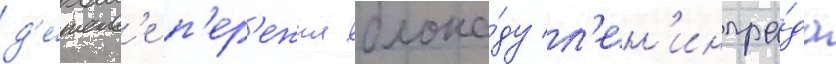
д'е́тств'е п'ер'ежил блока́ду л'ен'ингра́да